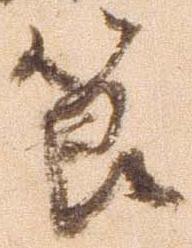
節